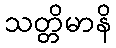
သတ္တိမာနိ